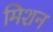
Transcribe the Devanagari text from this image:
मिशन